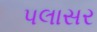
પલાસર